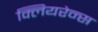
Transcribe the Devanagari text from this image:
क्लियरेन्स